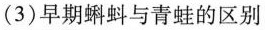
(3)早期蝌蚪与青蛙的区别